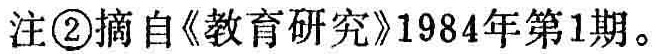
注\textcircled{2}摘自《教育研究》1984年第1期。